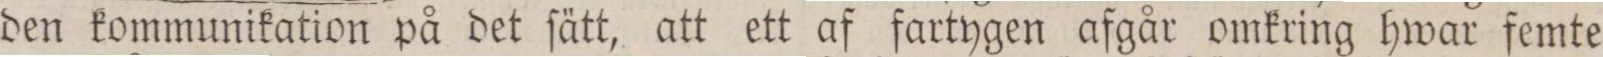
den kommunikation på det ſätt, att ett af fartygen afgår omkring hwar femte